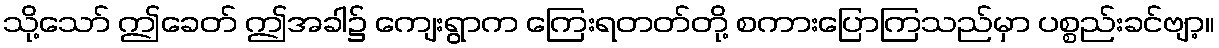
သို့သော် ဤခေတ် ဤအခါ၌ ကျေးရွာက ကြေးရတတ်တို့ စကားပြောကြသည်မှာ ပစ္စည်းခင်ဗျာ့။